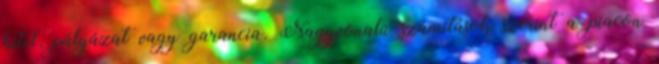
hitel, pályázat vagy garancia. Nagyvonalú számítások szerint a piacon